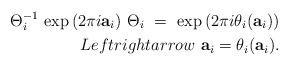
LaTeX: \begin{align*}\Theta_i^{-1} \, \exp \left( 2 \pi i \mathbf{a}_i \right) \, \Theta_i\ = \ \exp \left( 2 \pi i \theta_i(\mathbf{a}_i )\right) \\Leftrightarrow \ \mathbf{a}_i = \theta_i(\mathbf{a}_i).\end{align*}